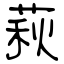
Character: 萩